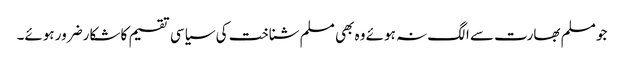
جو مسلم بھارت سے الگ نہ ہوئے وہ بھی مسلم شناخت کی سیاسی تقسیم کا شکارضرور ہوئے۔